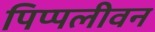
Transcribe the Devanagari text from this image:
पिप्पलीवन